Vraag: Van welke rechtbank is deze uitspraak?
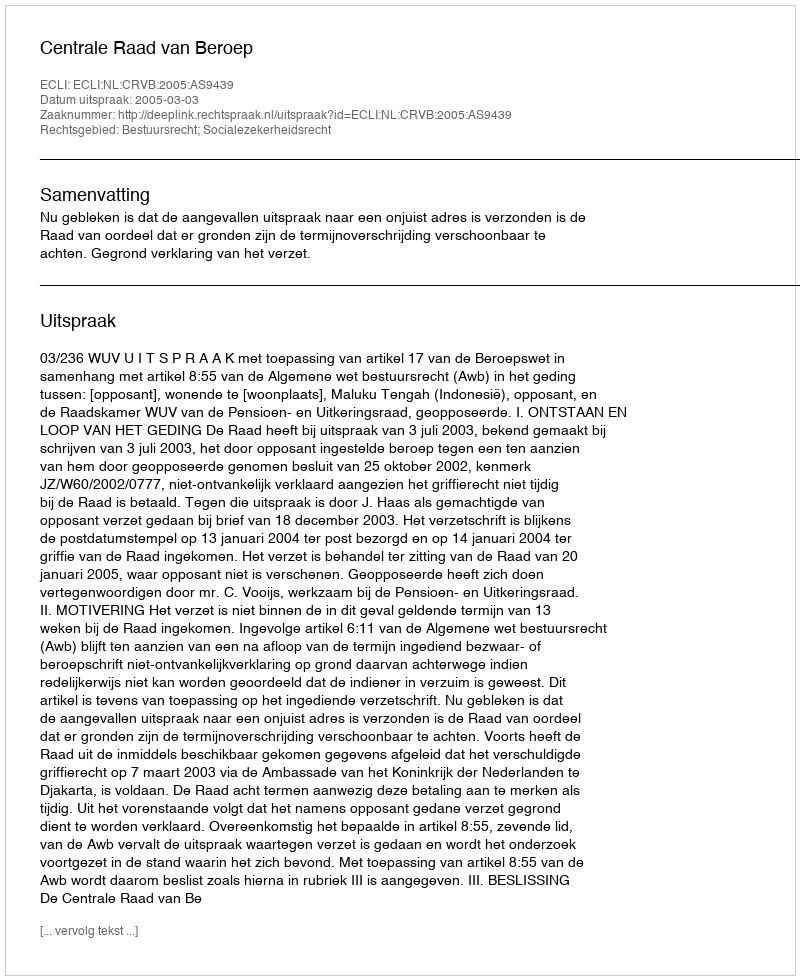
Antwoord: Centrale Raad van Beroep